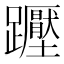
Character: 𲄒